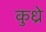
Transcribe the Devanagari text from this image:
कुध्रे